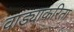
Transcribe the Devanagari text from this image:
वाड्याकरिता